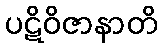
ပဋိဝိဇာနာတိ